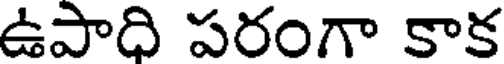
ఉపాది పరంగా కాక